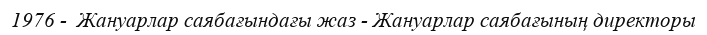
1976 -  Жануарлар саябағындағы жаз - Жануарлар саябағының директоры